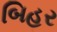
બિહર